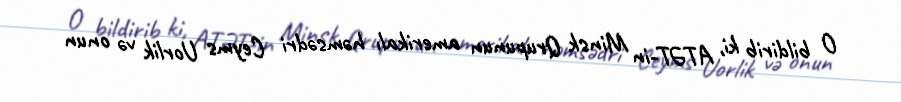
O bildirib ki, ATƏT-in Minsk Qrupunun amerikalı həmsədri Ceyms Uorlik və onun